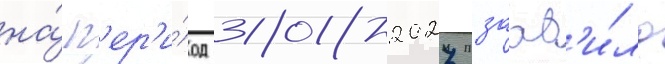
на́ п'ер'и́од 2018-2027 заав'и́ло